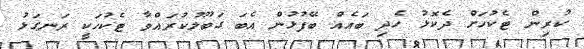
ކުރިން ޓެކުހަށް ދެކޮޅު ހެދި ބައެއް ބޭފުޅުން އެބަ ގަބޫލުކުރައްވާ ޓެކުހަކީ ރަނގަޅު